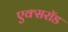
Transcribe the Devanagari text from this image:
एक्सरॉड